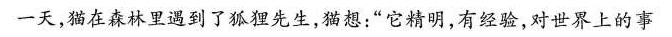
一天，猫在森林里遇到了狐狸先生，猫想：”它精明，有经验，对世界上的事